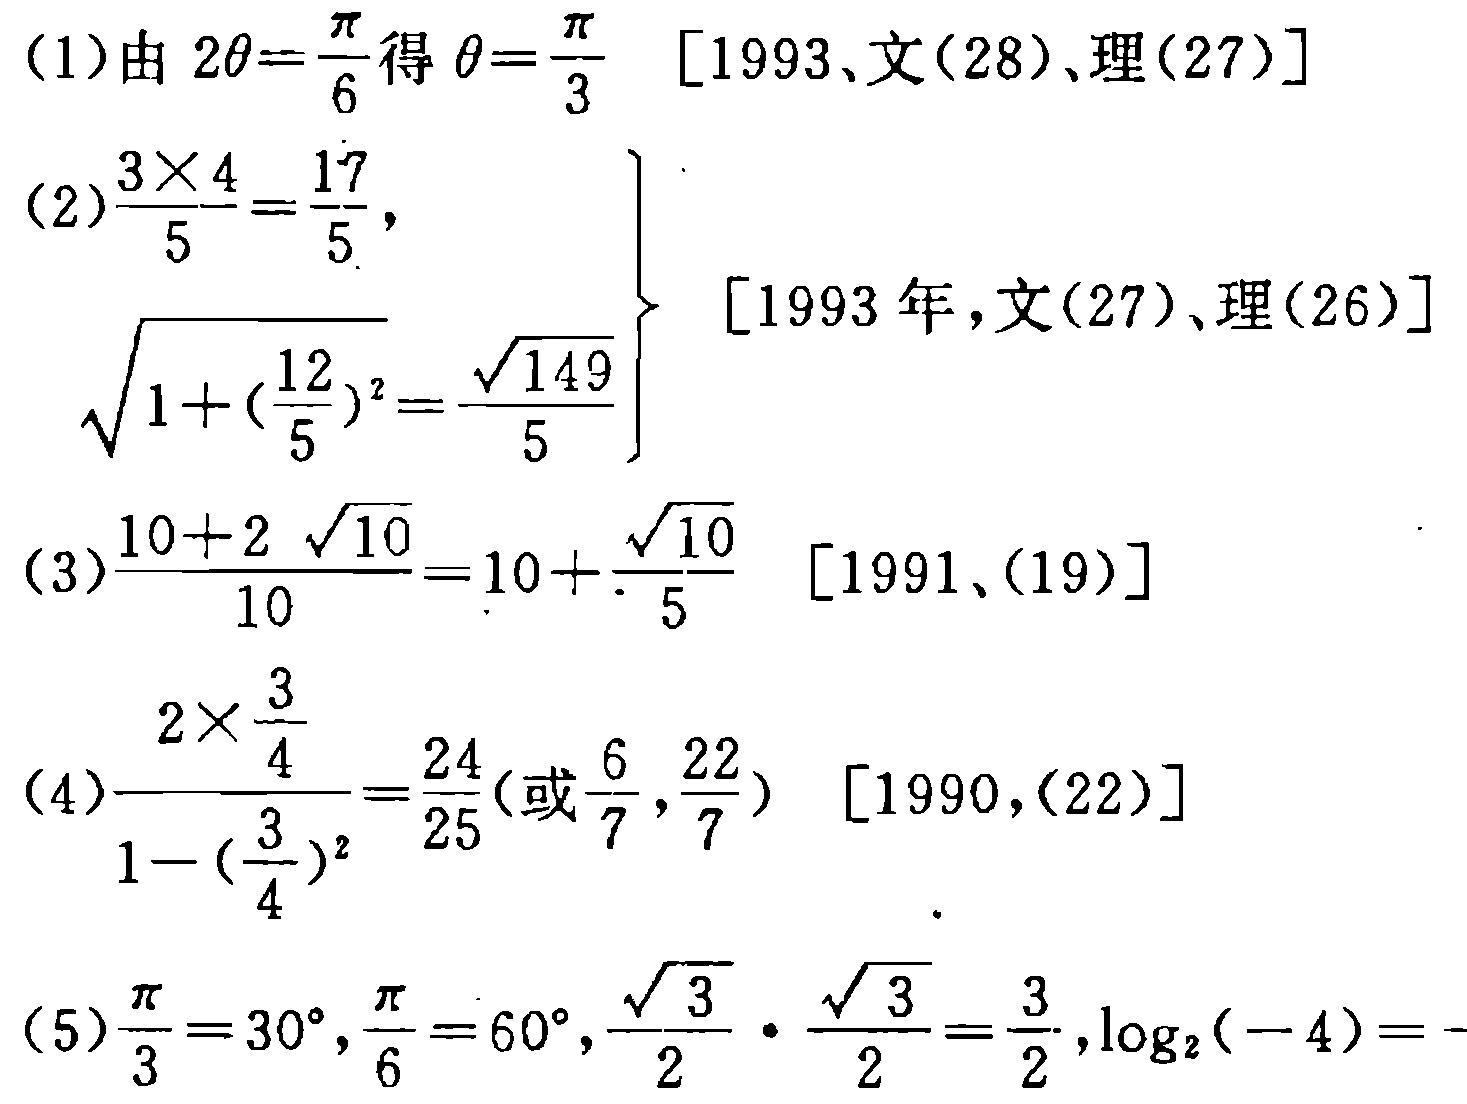
(1) 由 \(2\theta=\frac{\pi}{6}\) 得 \(\theta = \frac{\pi}{3}\)  [1993、文(28)、理(27)]

(2) \(\frac{3\times4}{5}=\frac{17}{5}\),

\(\sqrt{1 + (\frac{12}{5})^2}=\frac{\sqrt{149}}{5}\)  [1993 年，文(27)、理(26)]

(3) \(\frac{10 + 2\sqrt{10}}{10}=10+\frac{\sqrt{10}}{5}\)  [1991、(19)]

(4) \(\frac{2\times\frac{3}{4}}{1 - (\frac{3}{4})^2}=\frac{24}{25}\) (或 \(\frac{6}{7},\frac{22}{7}\))  [1990,(22)]

(5) \(\frac{\pi}{3}=30^{\circ},\frac{\pi}{6}=60^{\circ},\frac{\sqrt{3}}{2}\cdot\frac{\sqrt{3}}{2}=\frac{3}{2},\log_2(-4)=-\)